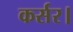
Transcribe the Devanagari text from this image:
कर्सर।